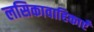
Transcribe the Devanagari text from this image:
लसिकावाहिकाएँ